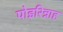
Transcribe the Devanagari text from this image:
पोइरिन्नाह